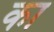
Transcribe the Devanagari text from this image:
का